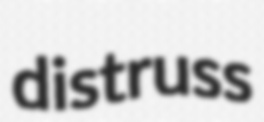
distruss